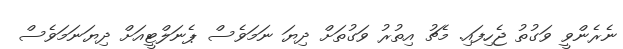
ނެރެންވީ ވަގުތު ޖެހިފައި. މެޗު އިތުރު ވަގުތަށް ދިޔަ ނަމަވެސް ޕެނަލްޓީއަށް ދިޔަނަމަވެސް